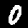
Label: 0